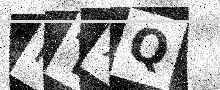
Text: PTXQ